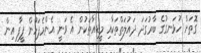
ގޮތަށް ހުޅަނގުގެ ބާރުގަދަ ދައުލަތްތަކާއި މީޑިއާތަކުން އެ ވަނީ އެންމެފަހުން ފީފާ އިން